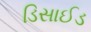
ડિસાઈડ